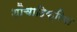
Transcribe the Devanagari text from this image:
शौचादिक्रिया